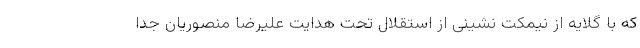
که با گلایه از نیمکت نشینی از استقلال تحت هدایت علیرضا منصوریان جدا